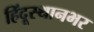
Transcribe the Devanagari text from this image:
हिंदूस्थानभर